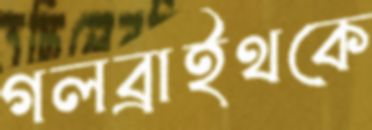
গলব্রাইথকে